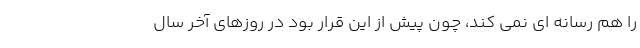
را هم رسانه ای نمی کند، چون پیش از این قرار بود در روزهای آخر سال